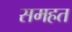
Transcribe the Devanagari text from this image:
समहत